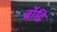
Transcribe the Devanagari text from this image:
ब्रॉडि